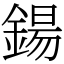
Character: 鍚